kultuurilooline_kollektsioon, lk 7
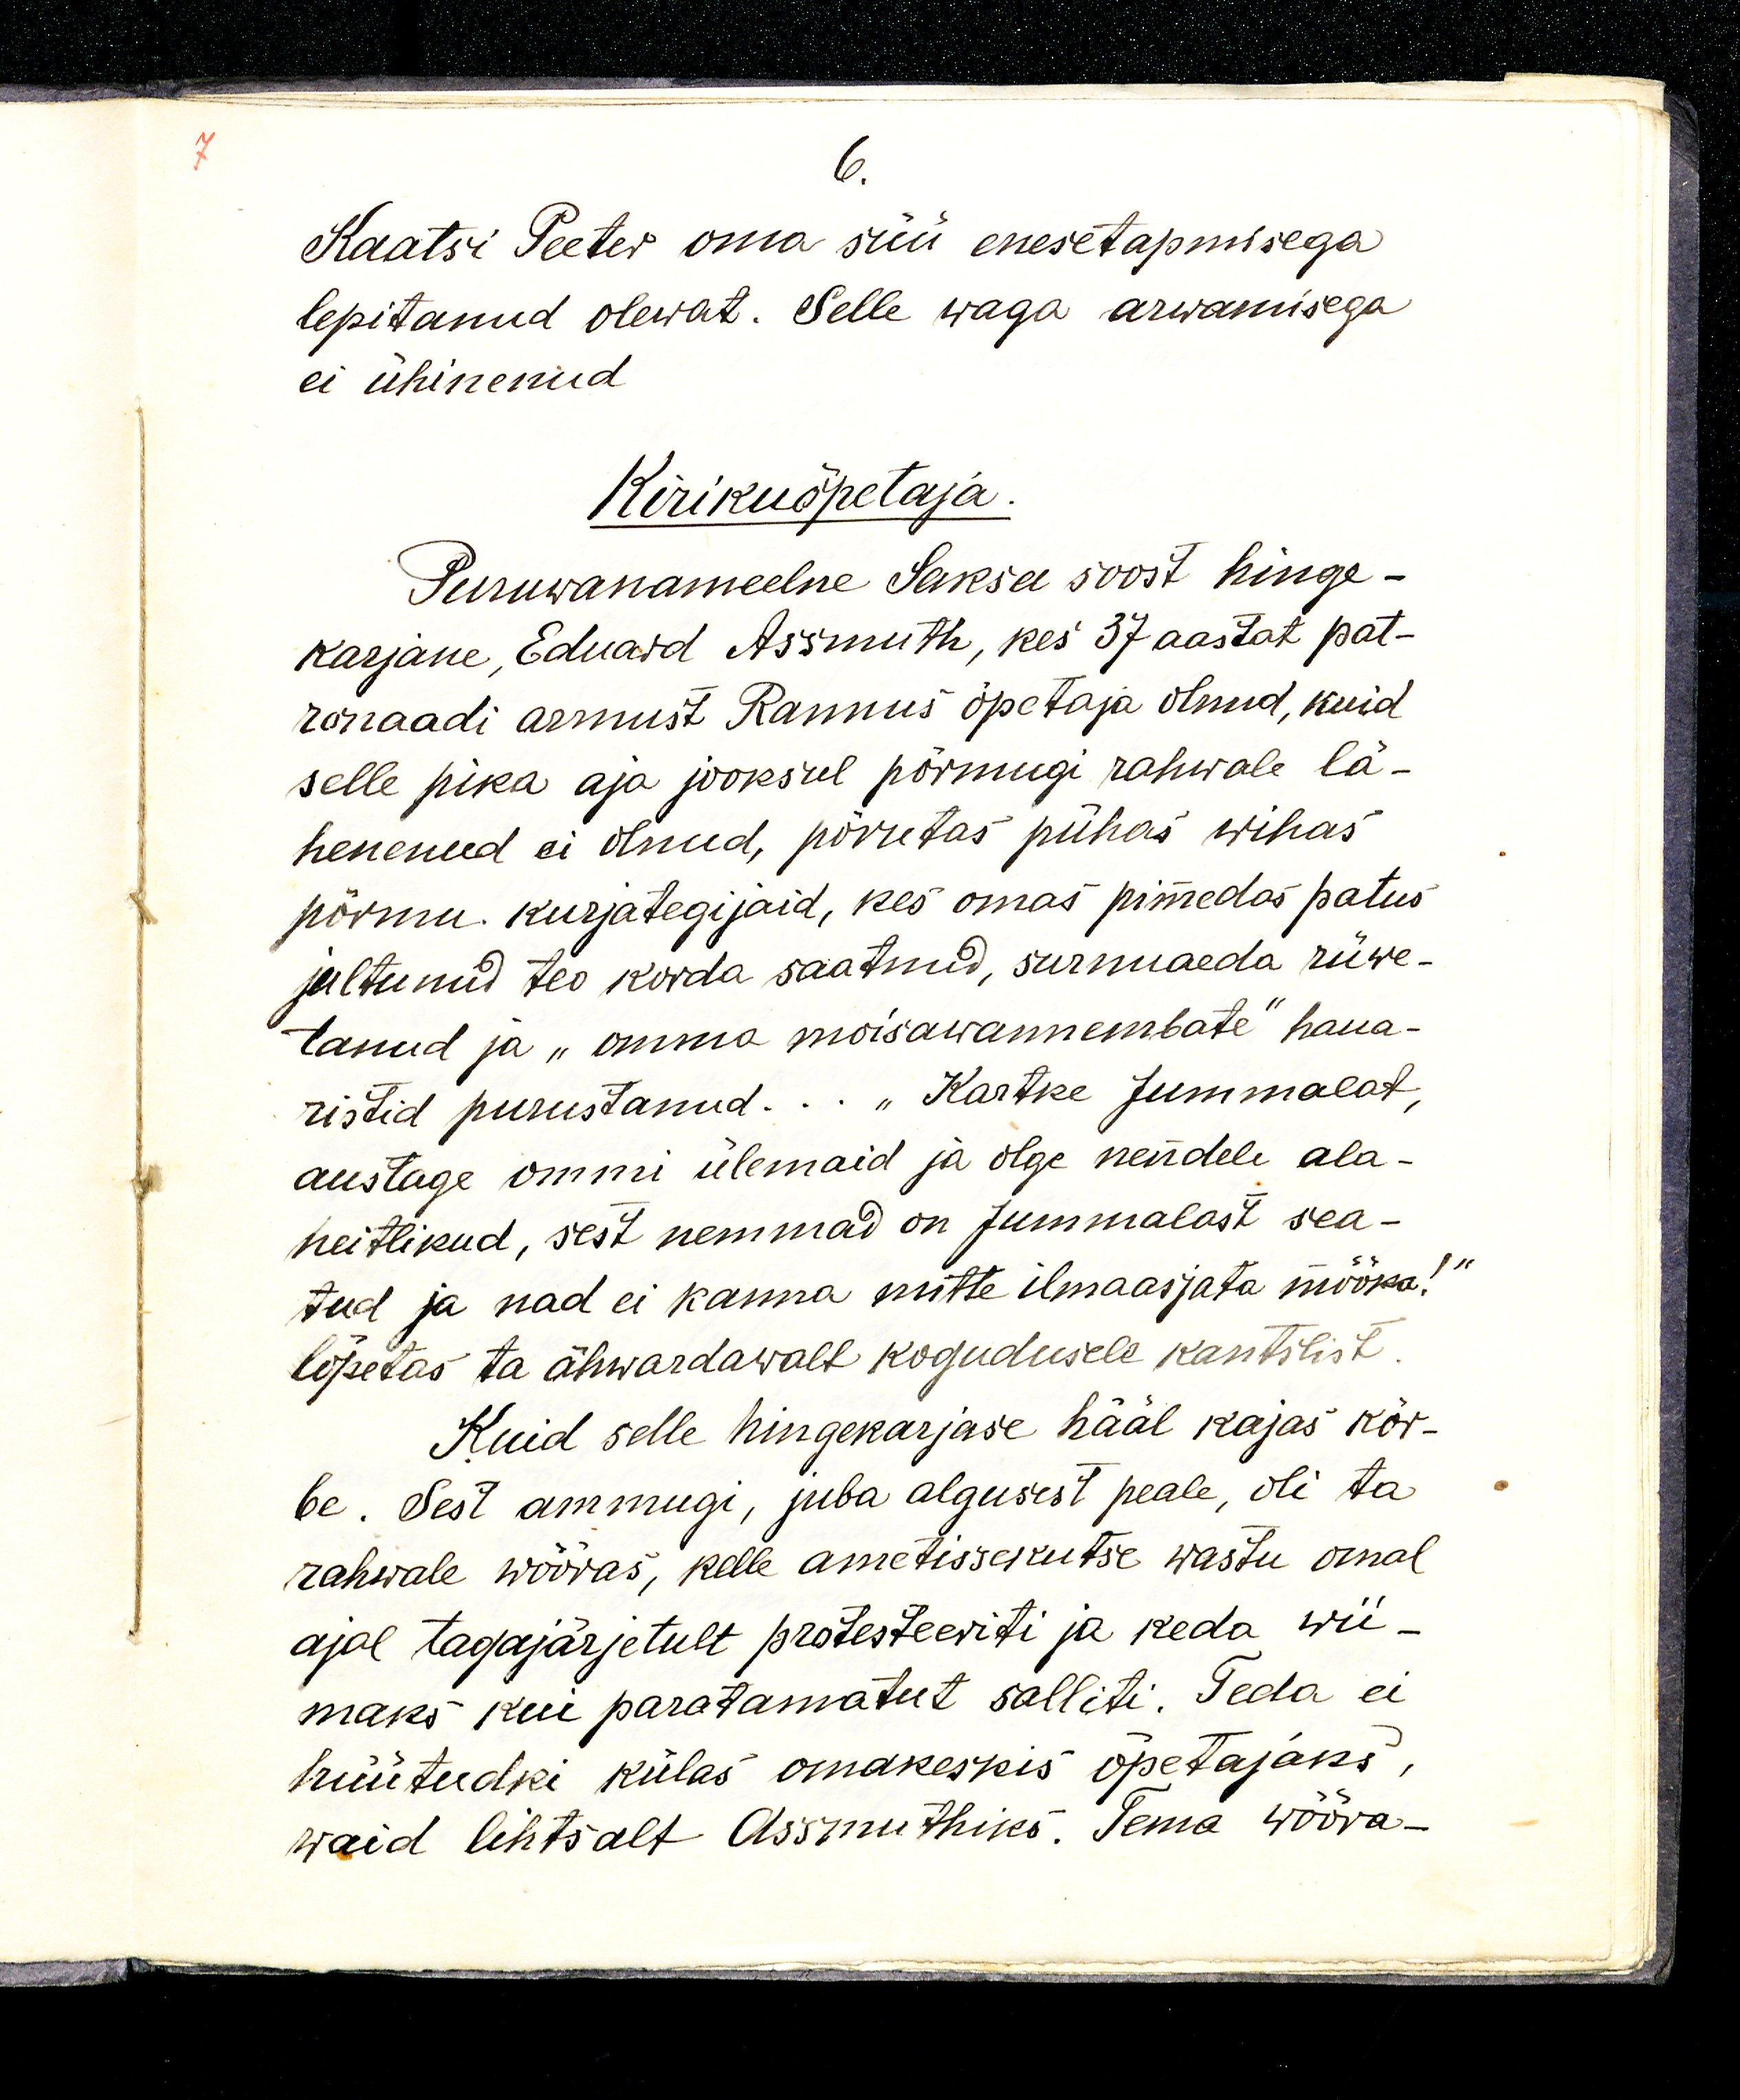
6.
Kaatsi Peeter oma süü enesetapmisega
lepitanud olewat. Selle waga arvamisega
ei ühinenud
Kirikuõpetaja.
Puruwanameelne Saksa soost hinge-
karjane, Eduard Assmuth, kes 37 aastat pat-
ronaadi armust Rannus õpetaja olnud, kuid
selle pika aja jooksul põrmugi rahwale lä-
henenud ei olnud, põrutas pühas wihas 
põrmu. Kurjategijad, kes omas pimedas patus
jultunud teo korda saatnud, surnuaeda rüwe-
tanud ja „omma mõisawannemate" haua-
ristid purustanud... „Kartke Jummalat, 
austage ommi ülemaid ja olge nendele ala-
heitlikud, sest nemmad on jummalast sea-
tud ja nad ei kanna mitte ilmaasjata mõõka!“
lõpetas ta ähwardawalt kogudusele kantslist.
Kuid selle hingekarjase hääl kajas kõr-
le. Sest ammugi, juba algusest peale, oli ta
rahwale wõõras, kelle ametissekutse wastu omal
ajal tagajärjetult protesteeriti ja keda wii-
maks kui paratamatut salliti. Teda ei
hüütudki külas omakeskis õpetajaks, 
waid lihtsalt Assmuthiks. Tema wõõra-